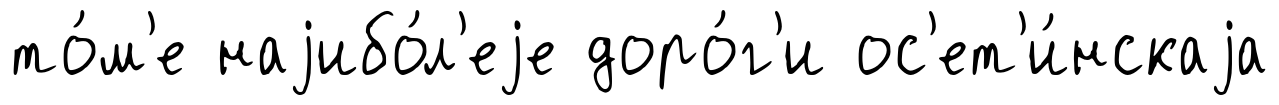
то́м'е наjибо́л'еjе доро́г'и ос'ет'и́нскаjа